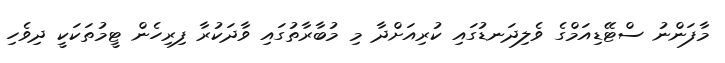
މާފަންނު ސްޓޭޑިއަމްގެ ވެލިދަނޑުގައި ކުރިއަށްދާ މި މުބާރާތުގައި ވާދަކުރާ ފިރިހެން ޓީމުތަކަކީ ދިވެހި